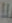
بلا